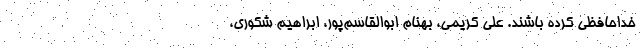
خداحافظی کرده باشند. علی کریمی، بهنام ابوالقاسم‌پور، ابراهیم شکوری،